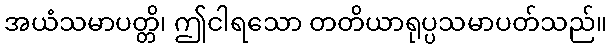
အယံသမာပတ္တိ၊ ဤငါရသော တတိယာရုပ္ပသမာပတ်သည်။